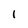
Character: 1